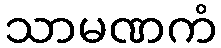
သာမဏကံ